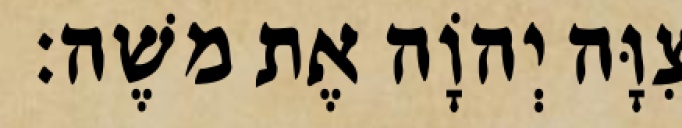
צִוָּה יְהוָֹה אֶת משֶׁה׃